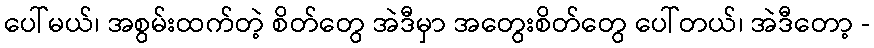
ပေါ်မယ်၊ အစွမ်းထက်တဲ့ စိတ်တွေ အဲဒီမှာ အတွေးစိတ်တွေ ပေါ်တယ်၊ အဲဒီတော့ -